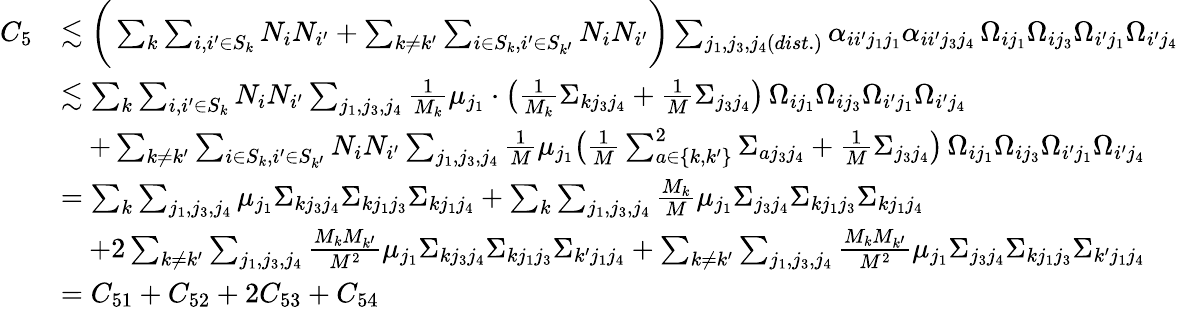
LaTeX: \begin{array}{rl}{C_{5}}&{\lesssim\bigg(\sum_{k}\sum_{i,i^{\prime}\in S_{k}}N_{i}N_{i^{\prime}}+\sum_{k\neq k^{\prime}}\sum_{i\in S_{k},i^{\prime}\in S_{k^{\prime}}}N_{i}N_{i^{\prime}}\bigg)\sum_{j_{1},j_{3},j_{4}(dist.)}\alpha_{ii^{\prime}j_{1}j_{1}}\alpha_{ii^{\prime}j_{3}j_{4}}\, \Omega_{ij_{1}}\Omega_{ij_{3}}\Omega_{i^{\prime}j_{1}}\Omega_{i^{\prime}j_{4}}}\\ &{\lesssim\sum_{k}\sum_{i,i^{\prime}\in S_{k}}N_{i}N_{i^{\prime}}\sum_{j_{1},j_{3},j_{4}}\frac{1}{M_{k}}\mu_{j_{1}}\cdot\big(\frac{1}{M_{k}}\Sigma_{kj_{3}j_{4}}+\frac{1}{M}\Sigma_{j_{3}j_{4}}\big)\, \Omega_{ij_{1}}\Omega_{ij_{3}}\Omega_{i^{\prime}j_{1}}\Omega_{i^{\prime}j_{4}}}\\ &{\quad+\sum_{k\neq k^{\prime}}\sum_{i\in S_{k},i^{\prime}\in S_{k^{\prime}}}N_{i}N_{i^{\prime}}\sum_{j_{1},j_{3},j_{4}}\frac{1}{M}\mu_{j_{1}}\big(\frac{1}{M}\sum_{a\in\{ k,k^{\prime}\} }^{2}\Sigma_{aj_{3}j_{4}}+\frac{1}{M}\Sigma_{j_{3}j_{4}}\big)\, \Omega_{ij_{1}}\Omega_{ij_{3}}\Omega_{i^{\prime}j_{1}}\Omega_{i^{\prime}j_{4}}}\\ &{=\sum_{k}\sum_{j_{1},j_{3},j_{4}}\mu_{j_{1}}\Sigma_{kj_{3}j_{4}}\Sigma_{kj_{1}j_{3}}\Sigma_{kj_{1}j_{4}}+\sum_{k}\sum_{j_{1},j_{3},j_{4}}\frac{M_{k}}{M}\mu_{j_{1}}\Sigma_{j_{3}j_{4}}\Sigma_{kj_{1}j_{3}}\Sigma_{kj_{1}j_{4}}}\\ &{\quad+2\sum_{k\neq k^{\prime}}\sum_{j_{1},j_{3},j_{4}}\frac{M_{k}M_{k^{\prime}}}{M^{2}}\mu_{j_{1}}\Sigma_{kj_{3}j_{4}}\Sigma_{kj_{1}j_{3}}\Sigma_{k^{\prime}j_{1}j_{4}}+\sum_{k\neq k^{\prime}}\sum_{j_{1},j_{3},j_{4}}\frac{M_{k}M_{k^{\prime}}}{M^{2}}\mu_{j_{1}}\Sigma_{j_{3}j_{4}}\Sigma_{kj_{1}j_{3}}\Sigma_{k^{\prime}j_{1}j_{4}}}\\ &{=C_{51}+C_{52}+2C_{53}+C_{54}}\end{array}